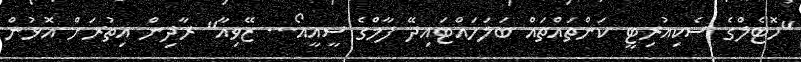
"ހޮޓެލްގެ ސެކިއުރިޓީ ކަންތައްތައް ބަލަހައްޓައިދޭ ފާމްގެ ސީއީއޯ... ޒޭވިއާ" ރާދިން އިތުރަށް އޮޅުން